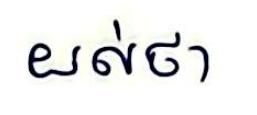
យល់ថា